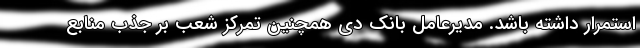
استمرار داشته باشد. مدیرعامل بانک دی همچنین تمرکز شعب بر جذب منابع